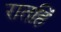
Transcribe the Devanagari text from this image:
रातहिं